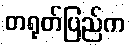
တရုတ်ပြည်က